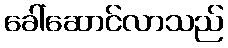
ခေါ်ဆောင်လာသည်